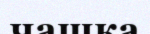
чашка